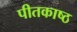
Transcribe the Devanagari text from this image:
पीतकाष्ठ